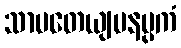
သာပတေယျမနပ္ပကံ